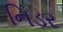
નિડર